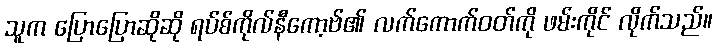
သူက ပြောပြောဆိုဆို ရပ်စ်ကိုလ်နီကော့ဗ်၏ လက်ကောက်ဝတ်ကို ဖမ်းကိုင် လိုက်သည်။